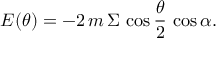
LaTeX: E ( \theta ) = - 2 \, m \, \Sigma \, \cos { \frac { \theta } { 2 } } \, \cos \alpha .